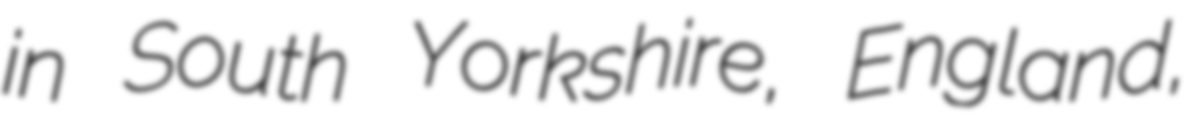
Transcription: in South Yorkshire, England,